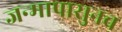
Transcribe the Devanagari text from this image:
जन्मापासुनच